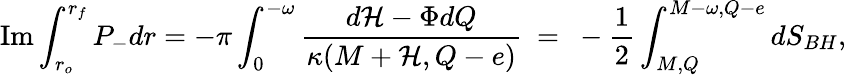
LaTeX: \mathrm{Im}\int_{r_{o}}^{r_{f}}P_{-}dr=-\pi\int_{0}^{-\omega}{\frac{d{\cal H}-\Phi dQ}{\kappa(M+{\cal H},Q-e)}}~=~-\frac{1}{2}\int_{M,Q}^{M-\omega,Q-e}dS_{BH},